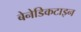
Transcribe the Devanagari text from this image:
बेनेडिकटाइन